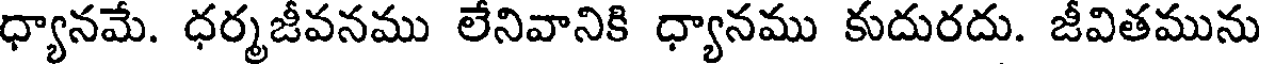
ధ్యానమే. ధర్మజీవనము లేనివానికి ధ్యానము కుదురదు. జీవితమును